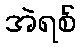
အဲရစ်